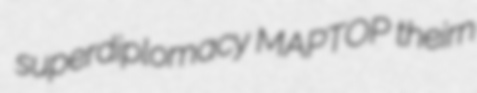
superdiplomacy MAPTOP theirn